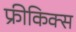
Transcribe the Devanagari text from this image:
फ्रीकिक्स